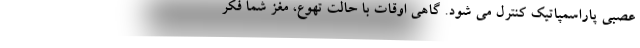
عصبی پاراسمپاتیک کنترل می شود. گاهی اوقات با حالت تهوع، مغز شما فکر